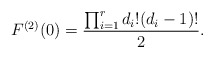
\begin{align*} F^{(2)}(0)=\frac{\prod_{i=1}^r d_i!(d_i-1)!}{2}.\end{align*}